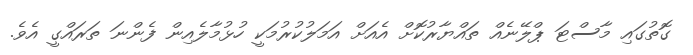
ގޮތުގައި މާސްޓަ ޕްލޭނެއް ތައްޔާރުކޮށް އެއަށް އަމަލުކުރުމަކީ ހުޅުމާލެއިން ފެންނަ ތަރައްގީ އެވެ.